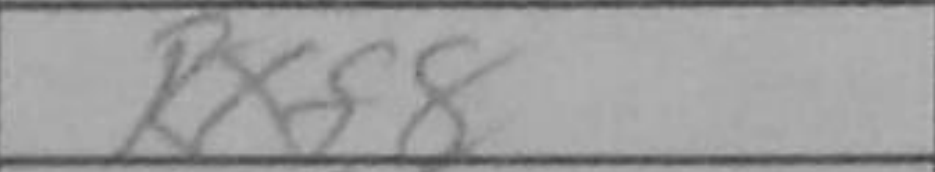
Transcription: Rxf8